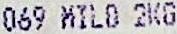
069 MILD 2KG